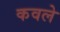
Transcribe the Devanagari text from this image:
कवले